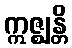
ဣဇ္ဈန္တိ